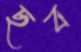
ছব